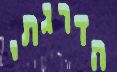
הדרגתי